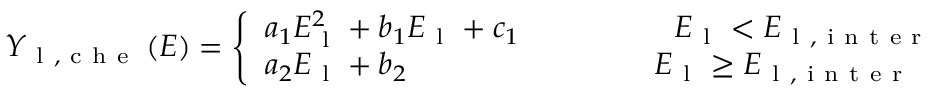
Y _ { \mathrm { ~ l ~ , ~ c ~ h ~ e ~ } } \left( E \right) = \left\{ \begin{array} { l } { a _ { 1 } E _ { \mathrm { ~ l ~ } } ^ { 2 } + b _ { 1 } E _ { \mathrm { ~ l ~ } } + c _ { 1 } \quad \qquad \qquad E _ { \mathrm { ~ l ~ } } < { E _ { \mathrm { ~ l ~ , ~ i ~ n ~ t ~ e ~ r ~ } } } } \\ { a _ { 2 } E _ { \mathrm { ~ l ~ } } + b _ { 2 } \qquad \qquad \qquad \qquad E _ { \mathrm { ~ l ~ } } \ge { E _ { \mathrm { ~ l ~ , ~ i ~ n ~ t ~ e ~ r ~ } } } } \end{array} \right.